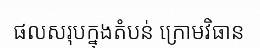
ផលសរុបក្នុងតំបន់ ក្រោមវិធាន